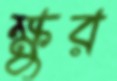
ক্ষুর